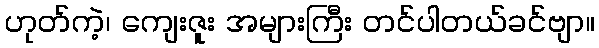
ဟုတ်ကဲ့၊ ကျေးဇူး အများကြီး တင်ပါတယ်ခင်ဗျာ။